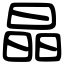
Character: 晶